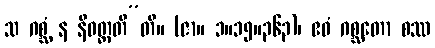
သ ဂစ္ဆံ န နိဝတ္တတီ”တိ။ (ဇာ။ ၁။၁၅။၃၆၃)၊ ဧဝံ ဂစ္ဆတော စဿ